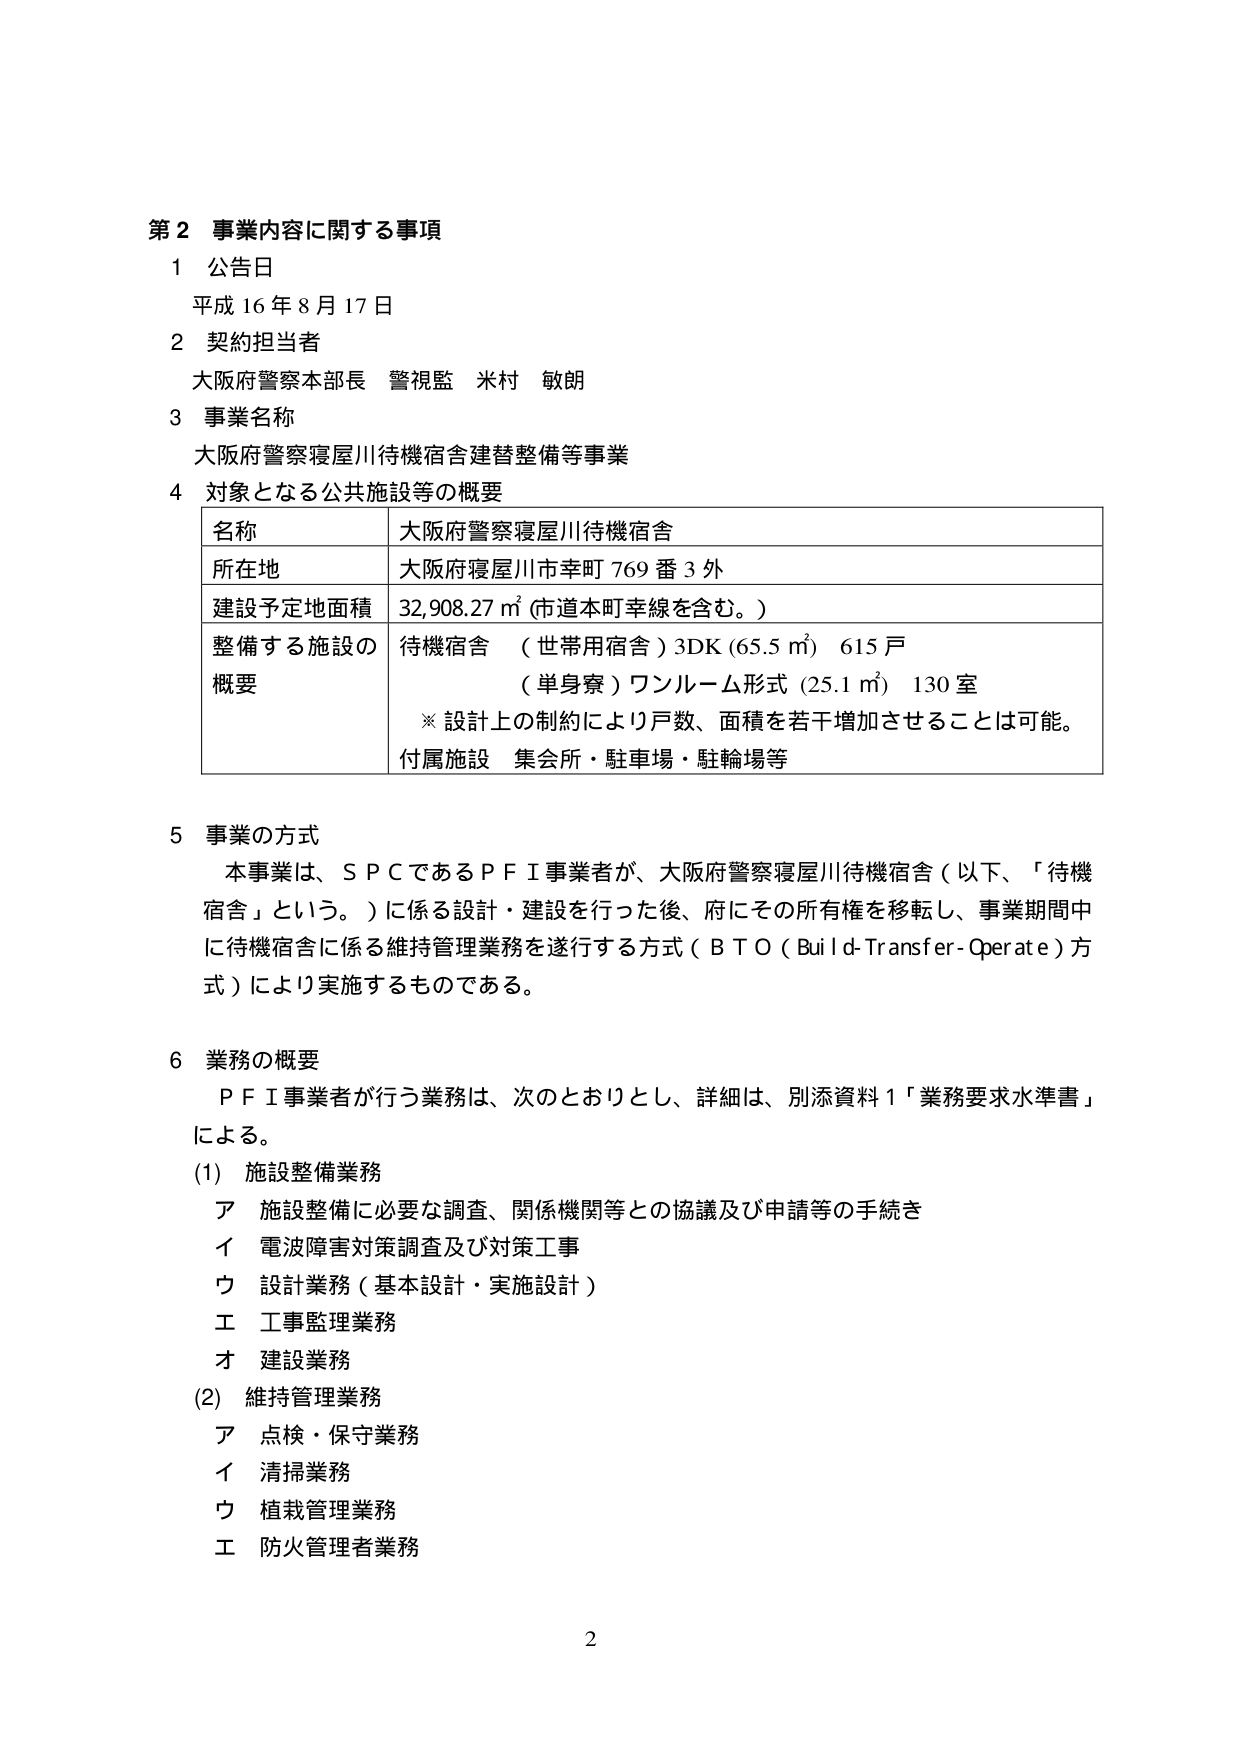
第２ 事業内容に関する事項
１ 公告日
平成１６年８月１７日
２ 契約担当者
大阪府警察本部長 警視監 米村 敏朗
３ 事業名称
大阪府警察寝屋川待機宿舎建替整備等事業
４ 対象となる公共施設等の概要
名称 大阪府警察寝屋川待機宿舎
所在地 大阪府寝屋川市幸町７６９番３外
建設予定地面積 32,908.27 ㎡（市道本町幸線を含む。）
整備する施設の概要 待機宿舎 （世帯用宿舎）3DK（65.5 ㎡） 615戸
（単身寮）ワンルーム形式（25.1 ㎡） 130室
※ 設計上の制約により戸数、面積を若干増加させることは可能。
付属施設 集会所・駐車場・駐輪場等
５ 事業の方式
本事業は、ＳＰＣであるＰＦＩ事業者が、大阪府警察寝屋川待機宿舎（以下、「待機宿舎」という。）に係る設計・建設を行った後、府にその所有権を移転し、事業期間中に待機宿舎に係る維持管理業務を遂行する方式（ＢＴＯ（Build-Transfer-Operate）方式）により実施するものである。
６ 業務の概要
ＰＦＩ事業者が行う業務は、次のとおりとし、詳細は、別添資料１「業務要求水準書」による。
(1) 施設整備業務
ア 施設整備に必要な調査、関係機関等との協議及び申請等の手続き
イ 電波障害対策調査及び対策工事
ウ 設計業務（基本設計・実施設計）
エ 工事監理業務
オ 建設業務
(2) 維持管理業務
ア 点検・保守業務
イ 清掃業務
ウ 植栽管理業務
エ 防火管理者業務
2